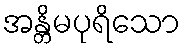
အန္တိမပုရိသော